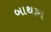
બાથરૂમ